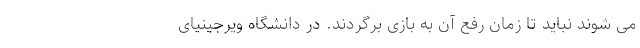
می شوند نباید تا زمان رفع آن به بازی برگردند. در دانشگاه ویرجینیای